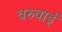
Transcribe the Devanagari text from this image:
वरुवाई